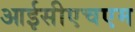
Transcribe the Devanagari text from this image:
आईसीएचएम